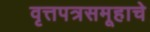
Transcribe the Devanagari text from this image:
वृत्तपत्रसमूहाचे